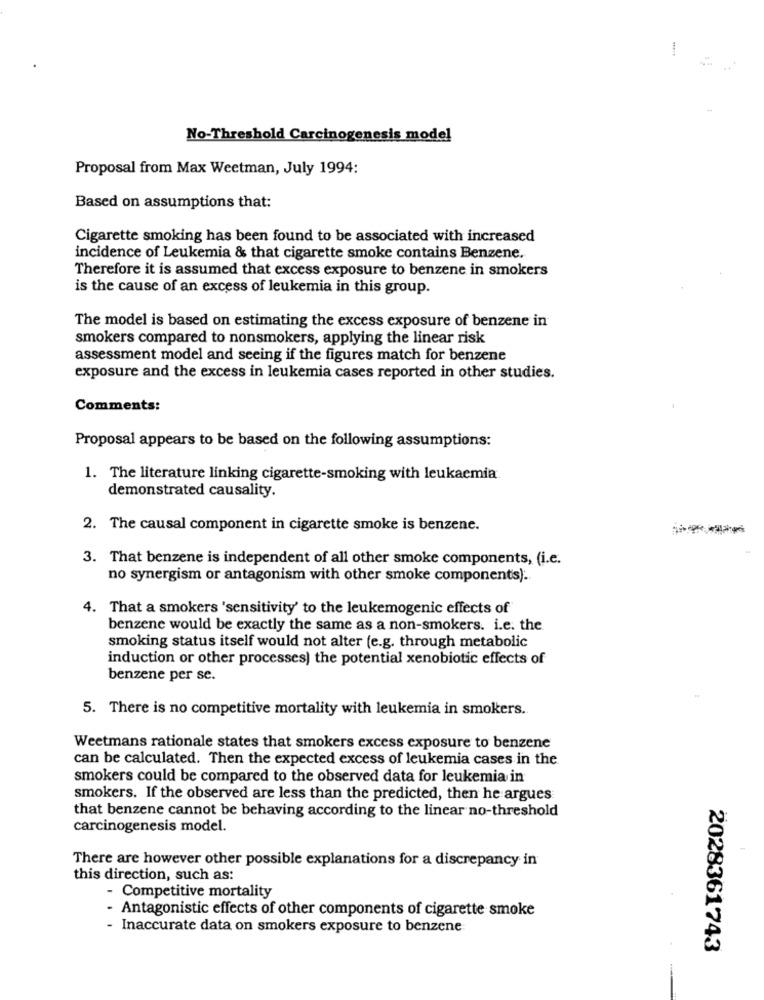
1
No-Threshold Carcinogenesis model
Proposal from Max Weetman, July 1994:
Based on assumptions that:
Cigarette smoking has been found to be associated with increased
incidence of Leukemia & that cigarette smoke contains Benzene.
Therefore it is assumed that excess exposure to benzene in smokers
is the cause of an excess of leukemia in this group.
The model is based on estimating the excess exposure of benzene in
smokers compared to nonsmokers, applying the linear risk
assessment model and seeing if the figures match for benzene
exposure and the excess in leukemia cases reported in other studies.
Comments:
Proposal appears to be based on the following assumptions:
1. The literature linking cigarette-smoking with leukaemia
demonstrated causality.
2. The causal component in cigarette smoke is benzene.
3. That benzene is independent of all other smoke components, (i.e.
no synergism or antagonism with other smoke components) ..
4. That a smokers 'sensitivity' to the leukemogenic effects of
benzene would be exactly the same as a non-smokers. i.e. the
smoking status itself would not alter (e.g. through metabolic
induction or other processes) the potential xenobiotic effects of
benzene per se.
5. There is no competitive mortality with leukemia in smokers.
Weetmans rationale states that smokers excess exposure to benzene
can be calculated. Then the expected excess of leukemia cases in the
smokers could be compared to the observed data for leukemia in
smokers. If the observed are less than the predicted, then he argues
that benzene cannot be behaving according to the linear no-threshold
carcinogenesis model.
There are however other possible explanations for a discrepancy in
this direction, such as:
- Competitive mortality
- Antagonistic effects of other components of cigarette smoke
- Inaccurate data on smokers exposure to benzene:
2028361743